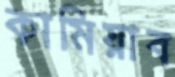
কামিয়াব